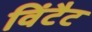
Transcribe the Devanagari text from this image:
विंटैट